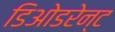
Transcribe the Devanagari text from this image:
डिओडरेन्ट